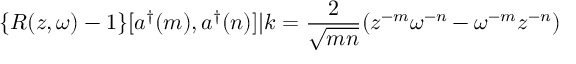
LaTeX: \{ R ( z , \omega ) - 1 \} [ a ^ { \dag } ( m ) , a ^ { \dag } ( n ) ] | k = \frac { 2 } { \sqrt { m n } } ( z ^ { - m } \omega ^ { - n } - \omega ^ { - m } z ^ { - n } )